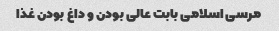
مرسی اسلامی بابت عالی بودن و داغ بودن غذا